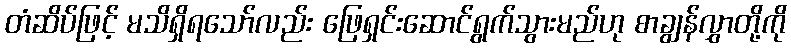
တံဆိပ်ဖြင့် မသိရှိရသော်လည်း ဖြေရှင်းဆောင်ရွက်သွားမည်ဟု စာချွန်လွှာတို့ကို